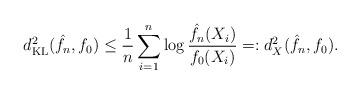
LaTeX: \begin{align*}d_{\mathrm{KL}}^2(\hat{f}_n,f_0) \leq \frac{1}{n}\sum_{i=1}^n \log \frac{\hat{f}_n(X_i)}{f_0(X_i)} =: d_X^2(\hat{f}_n,f_0).\end{align*}